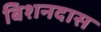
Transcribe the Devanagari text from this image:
बिशनदास